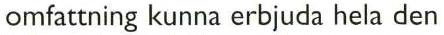
omfattning kunna erbjuda hela den